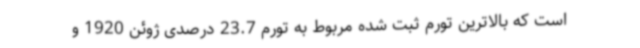
است که بالاترین تورم ثبت شده مربوط به تورم 23.7 درصدی ژوئن 1920 و